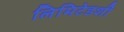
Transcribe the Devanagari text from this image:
लिमिटेडशी